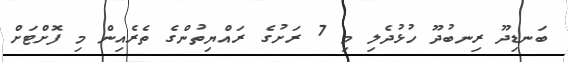
ބަނޑިދޫ ރިނބުދޫ ހުޅުދެލި މި 7 ރަށުގެ ރައްޔިތުންގެ ތެރެއިން މި ފޮށްޓަށް